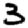
Digit: 3